Vaccine operations Central Provinces 1900-1911 - 1900-1911
Year: 1900
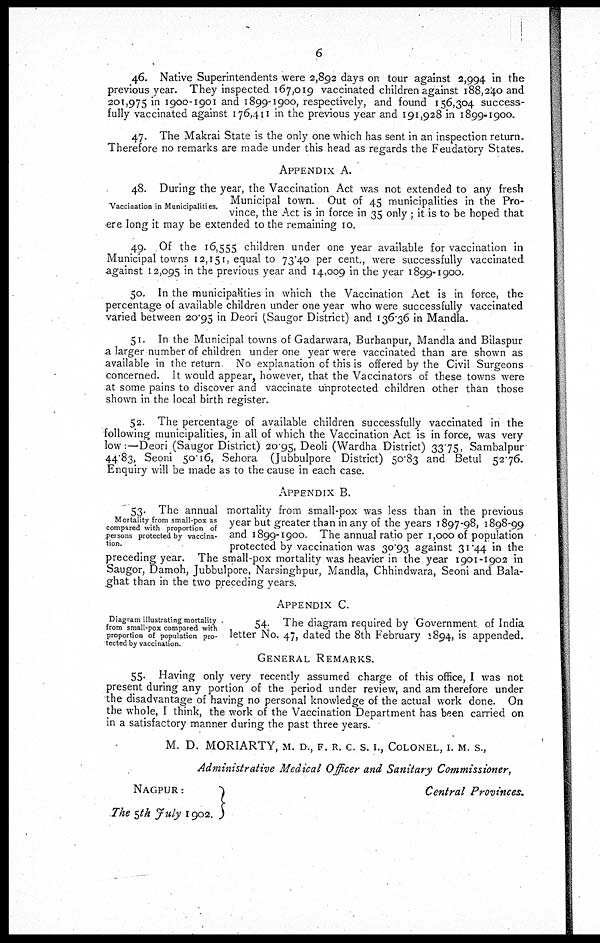
6
46. Native Superintendents were 2,892 days on tour against 2,994 in the
previous year. They inspected 167,019 vaccinated children against 188,240 and
201,975 in 1900-1901 and 1899-1900, respectively, and found 156,304 success-
fully vaccinated against 176,411 in the previous year and 191,928 in 1899-1900.
47. The Makrai State is the only one which has sent in an inspection return.
Therefore no remarks are made under this head as regards the Feudatory States.
APPENDIX A.
Vaccination in Municipalities.
48. During the year, the Vaccination Act was not extended to any fresh
Municipal town. Out of 45 municipalities in the Pro-
vince, the Act is in force in 35 only ; it is to be hoped that
ere long it may be extended to the remaining 10.
49. Of the 16,555 children under one year available for vaccination in
Municipal towns 12,151, equal to 73.40 per cent., were successfully vaccinated
against 12,095 in the previous year and 14,009 in the year 1899-1900.
50. In the municipalities in which the Vaccination Act is in force, the
percentage of available children under one year who were successfully vaccinated
varied between 20.95 in Deori (Saugor District) and 136.36 in Mandla.
51. In the Municipal towns of Gadarwara, Burhanpur, Mandla and Bilaspur
a larger number of children under one year were vaccinated than are shown as
available in the return No explanation of this is offered by the Civil Surgeons
concerned. It would appear, however, that the Vaccinators of these towns were
at some pains to discover and vaccinate unprotected children other than those
shown in the local birth register.
52. The percentage of available children successfully vaccinated in the
following municipalities, in all of which the Vaccination Act is in force, was very
low—Deori (Saugor District) 20.95, Deoli (Wardha District) 33.75, Sambalpur
44.83, Seoni 50.16, Sehora (Jubbulpore District) 50.83 and Betul 52.76.
Enquiry will be made as to the cause in each case.
APPENDIX B.
Mortality from small-pox as
compared with proportion of
persons protected by vaccina¬
tion.
53. The annual mortality from small-pox was less than in the previous
year but greater than in any of the years 1897-98, 1898-99
and 1899-1900. The annual ratio per 1,000 of population
protected by vaccination was 30.93 against 31.44 in the
preceding year. The small-pox mortality was heavier in the year 1901-1902 in
Saugor, Damoh, Jubbulpore, Narsinghpur, Mandla, Chhindwara, Seoni and Bala¬
ghat than in the two preceding years.
APPENDIX C.
Diagram illustrating mortality
from small-pox compared with
proportion of population pro-
tected by vaccination.
54. The diagram required by Government of India
letter No. 47, dated the 8th February 1894, is appended.
GENERAL REMARKS.
55. Having only very recently assumed charge of this office, I was not
present during any portion of the period under review, and am therefore under
the disadvantage of having no personal knowledge of the actual work done. On
the whole, I think, the work of the Vaccination Department has been carried on
in a satisfactory manner during the past three years.
M. D. MORIARTY, M. D., F. R. C. S. I., COLONEL, I. M. S.,
Administrative Medical Officer and Sanitary Commissioner,
NAGPUR:
The 5th July 1902.
Central Provinces.